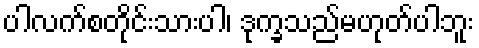
ပါလက်စတိုင်းသားပါ၊ ဒုက္ခသည်မဟုတ်ပါဘူး